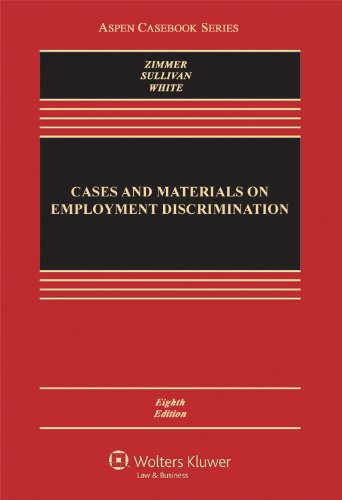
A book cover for Cases and Materials on Employment Discrimination, Eighth Edition (Aspen Casebook); Michael J. Zimmer; Law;